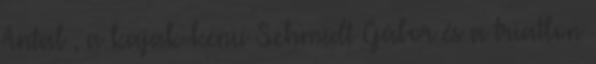
Antal , a kajak-kenu Schmidt Gábor és a triatlon